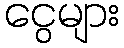
ငွေများ